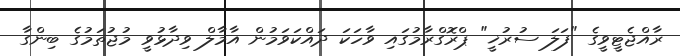
ރާއްޖެޓީވީގެ "ފަލަ ސުރުޚީ" ޕްރޮގްރާމުގައި ވާހަކަ ދައްކަވަމުން އާމާލް ވިދާޅުވީ މުޖުތަމުގެ ބިންގާ